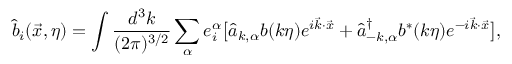
\hat { b } _ { i } ( \vec { x } , \eta ) = \int \frac { d ^ { 3 } k } { ( 2 \pi ) ^ { 3 / 2 } } \sum _ { \alpha } e _ { i } ^ { \alpha } \bigl [ \hat { a } _ { k , \alpha } b ( k \eta ) e ^ { i \vec { k } \cdot \vec { x } } + \hat { a } _ { - k , \alpha } ^ { \dagger } b ^ { \ast } ( k \eta ) e ^ { - i \vec { k } \cdot \vec { x } } \bigr ] ,